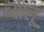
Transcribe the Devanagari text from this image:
च्यालू